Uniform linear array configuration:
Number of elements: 12
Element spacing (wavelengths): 0.5
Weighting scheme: cosine
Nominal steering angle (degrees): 0
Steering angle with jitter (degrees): -0.4238
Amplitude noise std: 0.05
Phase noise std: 0.05

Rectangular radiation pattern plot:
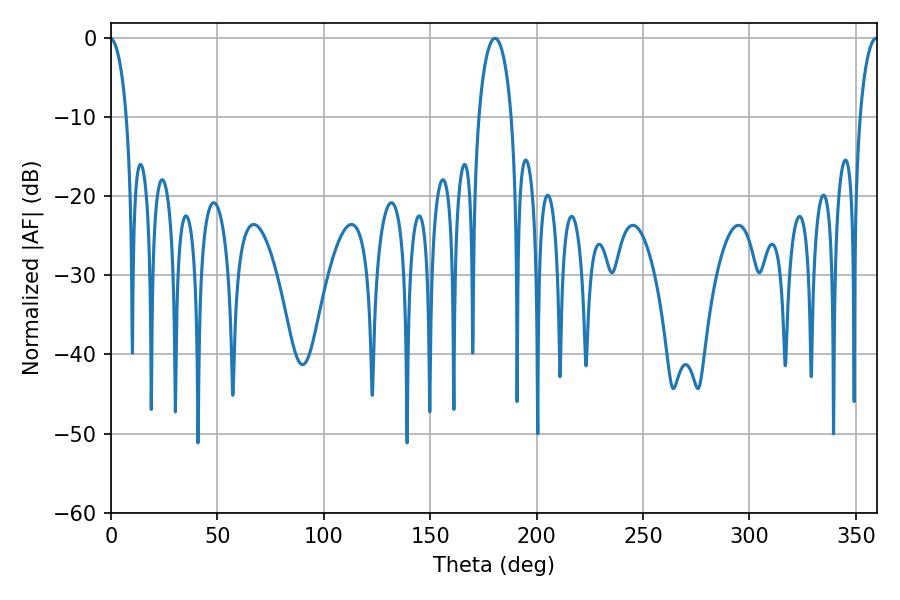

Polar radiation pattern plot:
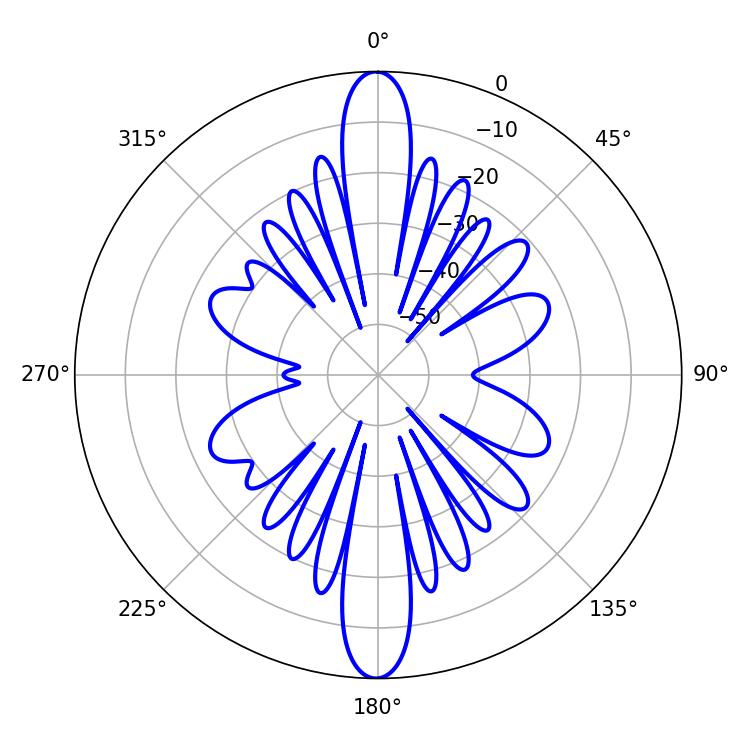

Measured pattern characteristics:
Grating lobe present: FALSE
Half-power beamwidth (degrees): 8.82
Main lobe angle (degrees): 180.36